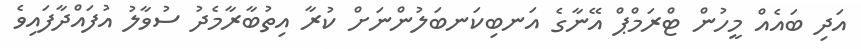
އަދި ބައެއް މީހުން ޓްރަމްޕް އޭނާގެ އަނބިކަނބަލުންނަށް ކުރާ އިތުބާރާމެދު ސުވާލު އުފައްދާފައިވެ